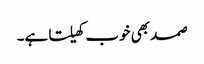
صمد بھی خوب کھیلتا ہے۔